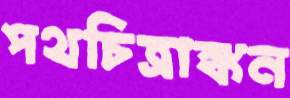
পথচিত্রাঙ্কন